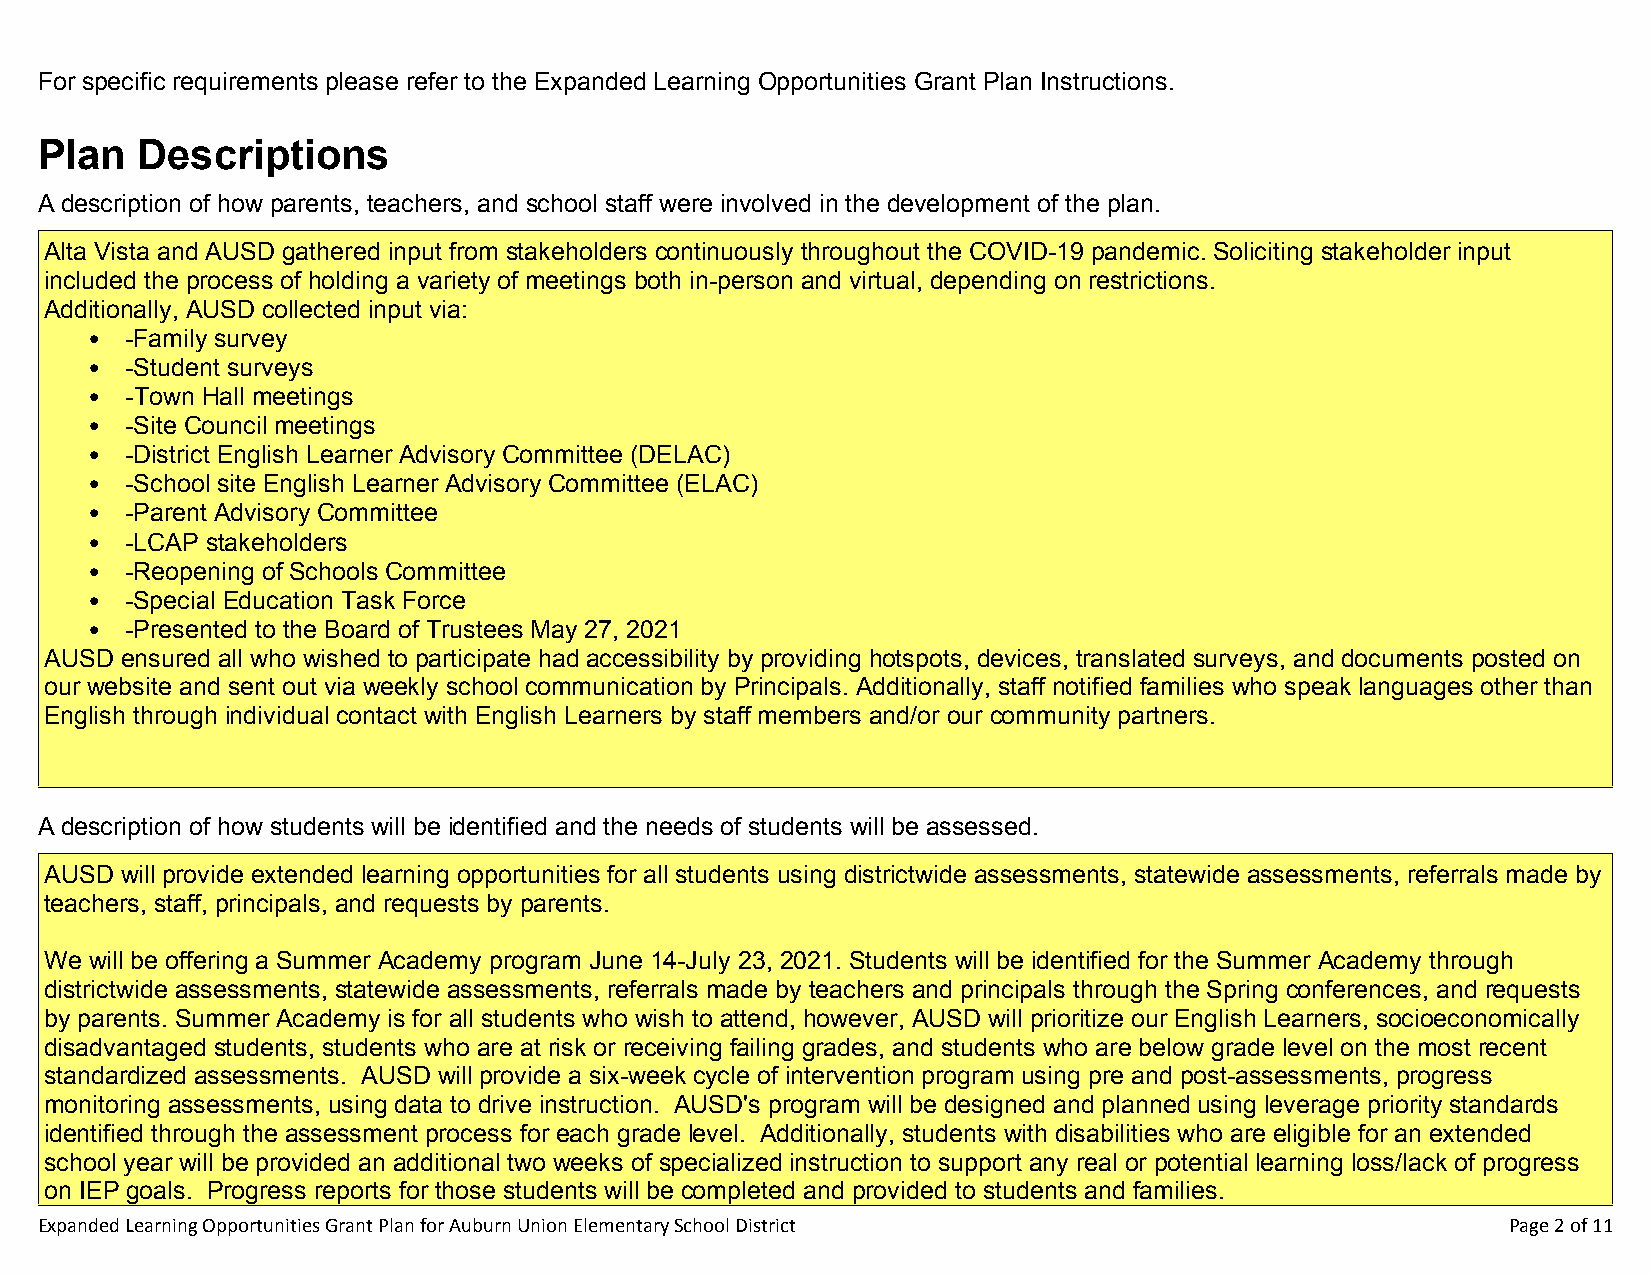
For specific requirements please refer to the Expanded Learning Opportunities Grant Plan Instructions.
 Plan   Descriptions
 A description of how parents, teachers, and school staff were involved in the development of the plan.
 Alta Vista and AUSD gathered input from stakeholders continuously throughout the COVID-19 pandemic. Soliciting stakeholder input
 included the process of holding a variety of meetings both in-person and virtual, depending on restrictions.
 Additionally, AUSD collected input via:
 • -Family survey
 • -Student surveys
 • -Town Hall meetings
 • -Site Council meetings
 • -District English Learner Advisory Committee (DELAC)
 • -School site English Learner Advisory Committee (ELAC)
 • -Parent Advisory Committee
 • -LCAP stakeholders
 • -Reopening of Schools Committee
 • -Special Education Task Force
 • -Presented to the Board of Trustees May 27, 2021
 AUSD ensured all who wished to participate had accessibility by providing hotspots, devices, translated surveys, and documents posted on
 our website and sent out via weekly school communication by Principals. Additionally, staff notified families who speak languages other than
 English through individual contact with English Learners by staff members and/or our community partners.
 A description of how students will be identified and the needs of students will be assessed.
 AUSD will provide extended learning opportunities for all students using districtwide assessments, statewide assessments, referrals made by
 teachers, staff, principals, and requests by parents.
 We will be offering a Summer Academy program June 14-July 23, 2021. Students will be identified for the Summer Academy through
 districtwide assessments, statewide assessments, referrals made by teachers and principals through the Spring conferences, and requests
 by parents. Summer Academy is for all students who wish to attend, however, AUSD will prioritize our English Learners, socioeconomically
 disadvantaged students, students who are at risk or receiving failing grades, and students who are below grade level on the most recent
 standardized assessments. AUSD will provide a six-week cycle of intervention program using pre and post-assessments, progress
 monitoring assessments, using data to drive instruction. AUSD's program will be designed and planned using leverage priority standards
 identified through the assessment process for each grade level. Additionally, students with disabilities who are eligible for an extended
 school year will be provided an additional two weeks of specialized instruction to support any real or potential learning loss/lack of progress
 on IEP goals. Progress reports for those students will be completed and provided to students and families.
 Expanded Learning Opportunities Grant Plan for Auburn Union Elementary School District            Page 2 of 11